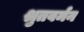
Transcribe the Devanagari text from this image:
श्रुतवर्मन